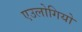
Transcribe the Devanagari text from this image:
एउलोगियो